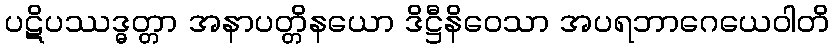
ပဋိပဿဒ္ဓတ္တာ အနာပတ္တိနယော ဒိဋ္ဌီနိဝေသာ အပရဘာဂေယေဝါတိ